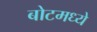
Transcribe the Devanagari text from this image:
बोटमध्ये